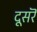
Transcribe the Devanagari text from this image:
दूसरॆ